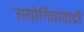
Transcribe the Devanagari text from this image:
उायोगितावादी